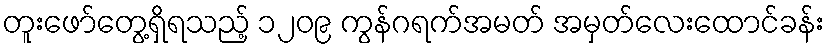
တူးဖော်တွေ့ရှိရသည့် ၁၂၀၉ ကွန်ဂရက်အမတ် အမှတ်လေးထောင်ခန်း